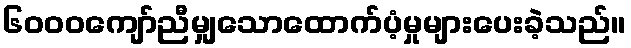
၆၀၀၀ကျော်ညီမျှသောထောက်ပံ့မှုများပေးခဲ့သည်။